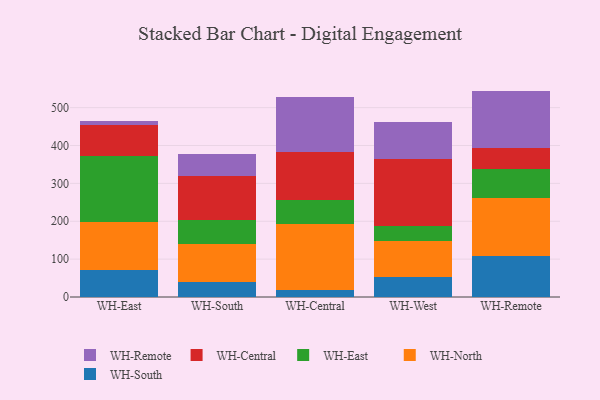
{"axis": {"x": "Warehouse", "y": "Churn Rate (%)"}, "legend": ["WH-Central", "WH-East", "WH-North", "WH-Remote", "WH-South"], "data": [{"x": "WH-East", "y": 72.0, "type": "WH-South"}, {"x": "WH-East", "y": 124.8, "type": "WH-North"}, {"x": "WH-East", "y": 176.2, "type": "WH-East"}, {"x": "WH-East", "y": 79.9, "type": "WH-Central"}, {"x": "WH-East", "y": 12.1, "type": "WH-Remote"}, {"x": "WH-South", "y": 39.5, "type": "WH-South"}, {"x": "WH-South", "y": 100.1, "type": "WH-North"}, {"x": "WH-South", "y": 62.5, "type": "WH-East"}, {"x": "WH-South", "y": 116.8, "type": "WH-Central"}, {"x": "WH-South", "y": 58.9, "type": "WH-Remote"}, {"x": "WH-Central", "y": 17.7, "type": "WH-South"}, {"x": "WH-Central", "y": 175.1, "type": "WH-North"}, {"x": "WH-Central", "y": 64.1, "type": "WH-East"}, {"x": "WH-Central", "y": 125.7, "type": "WH-Central"}, {"x": "WH-Central", "y": 146.4, "type": "WH-Remote"}, {"x": "WH-West", "y": 52.7, "type": "WH-South"}, {"x": "WH-West", "y": 94.2, "type": "WH-North"}, {"x": "WH-West", "y": 41.4, "type": "WH-East"}, {"x": "WH-West", "y": 177.1, "type": "WH-Central"}, {"x": "WH-West", "y": 97.3, "type": "WH-Remote"}, {"x": "WH-Remote", "y": 108.0, "type": "WH-South"}, {"x": "WH-Remote", "y": 152.2, "type": "WH-North"}, {"x": "WH-Remote", "y": 79.0, "type": "WH-East"}, {"x": "WH-Remote", "y": 53.7, "type": "WH-Central"}, {"x": "WH-Remote", "y": 151.4, "type": "WH-Remote"}]}